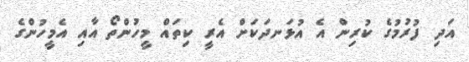
އަދި ފުރުމުގެ ކުރިން އެ އުޅަނދަކަށް އެރީ ކިތައް މީހުންތޯ އާއި އެމީހުންގެ